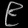
Digit: ၉